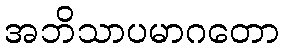
အဘိသာပမာဂတော